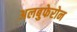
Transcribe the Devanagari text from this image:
अलबुफेरोन